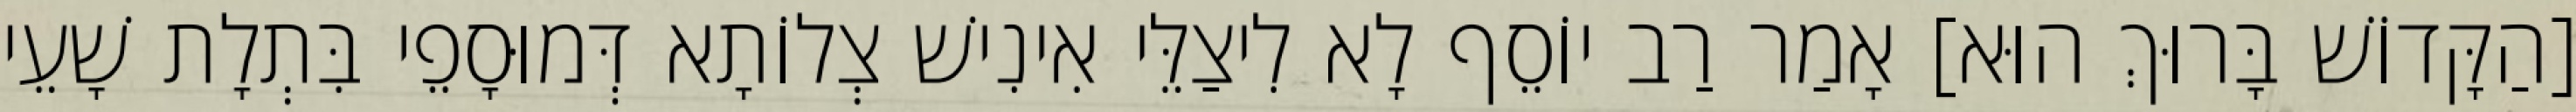
[הַקָּדוֹשׁ בָּרוּךְ הוּא] אָמַר רַב יוֹסֵף לָא לִיצַלֵּי אִינִישׁ צְלוֹתָא דְּמוּסָפֵי בִּתְלָת שָׁעֵי